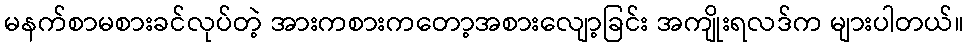
မနက်စာမစားခင်လုပ်တဲ့ အားကစားကတော့အစားလျော့ခြင်း အကျိုးရလဒ်က များပါတယ်။